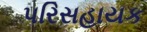
પરિસહાયક